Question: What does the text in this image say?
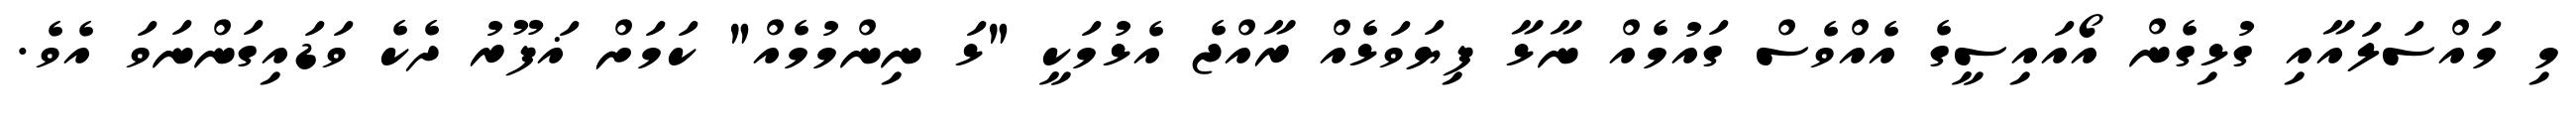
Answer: މި މައްސަލައާއި ގުޅިގެން އޯއައިސީގެ އެއްވެސް ގައުމެއް ނާޅާ ފިޔަވަޅެއް ރާއްޖެ އެޅުމަކީ "ޅަ ނިންމުމެއް" ކަމަށް ޣަފޫރު ދެކެ ވަޑައިގަންނަވަ އެވެ.